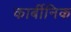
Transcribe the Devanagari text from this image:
कार्बीनिक